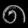
Digit: ၈